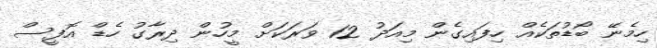
ހިމެނޭ ބޯޑުތަކެއް ހިފައިގެން މިއަދު 12 ވަރަކަށް މީހުން ދިރާގު ހެޑް އޮފީސް